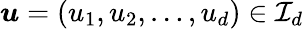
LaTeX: {\boldsymbol{u}}=(u_{1},u_{2},\ldots,u_{d})\in{\mathcal{I}}_{d}